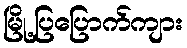
မြို့ပြပြောက်ကျား